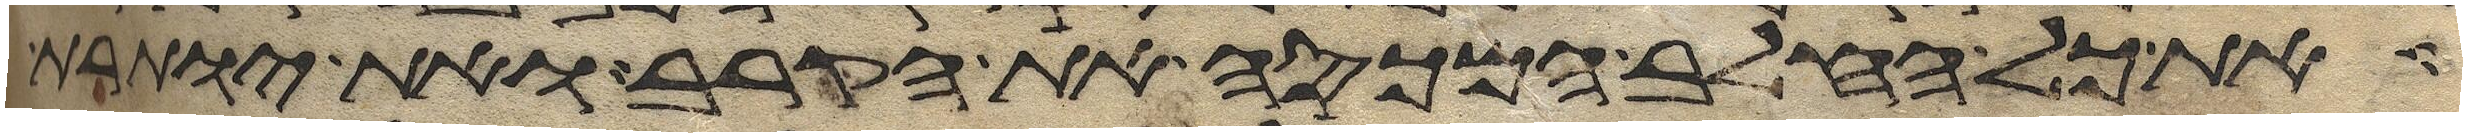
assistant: את כל החלב המכסה את הקרב ואת יותרת